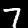
Digit: 7